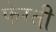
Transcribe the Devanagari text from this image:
फेरती